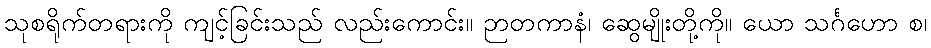
သုစရိုက်တရားကို ကျင့်ခြင်းသည် လည်းကောင်း။ ဉာတကာနံ၊ ဆွေမျိုးတို့ကို။ ယော သင်္ဂဟော စ၊